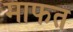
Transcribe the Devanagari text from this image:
माफत